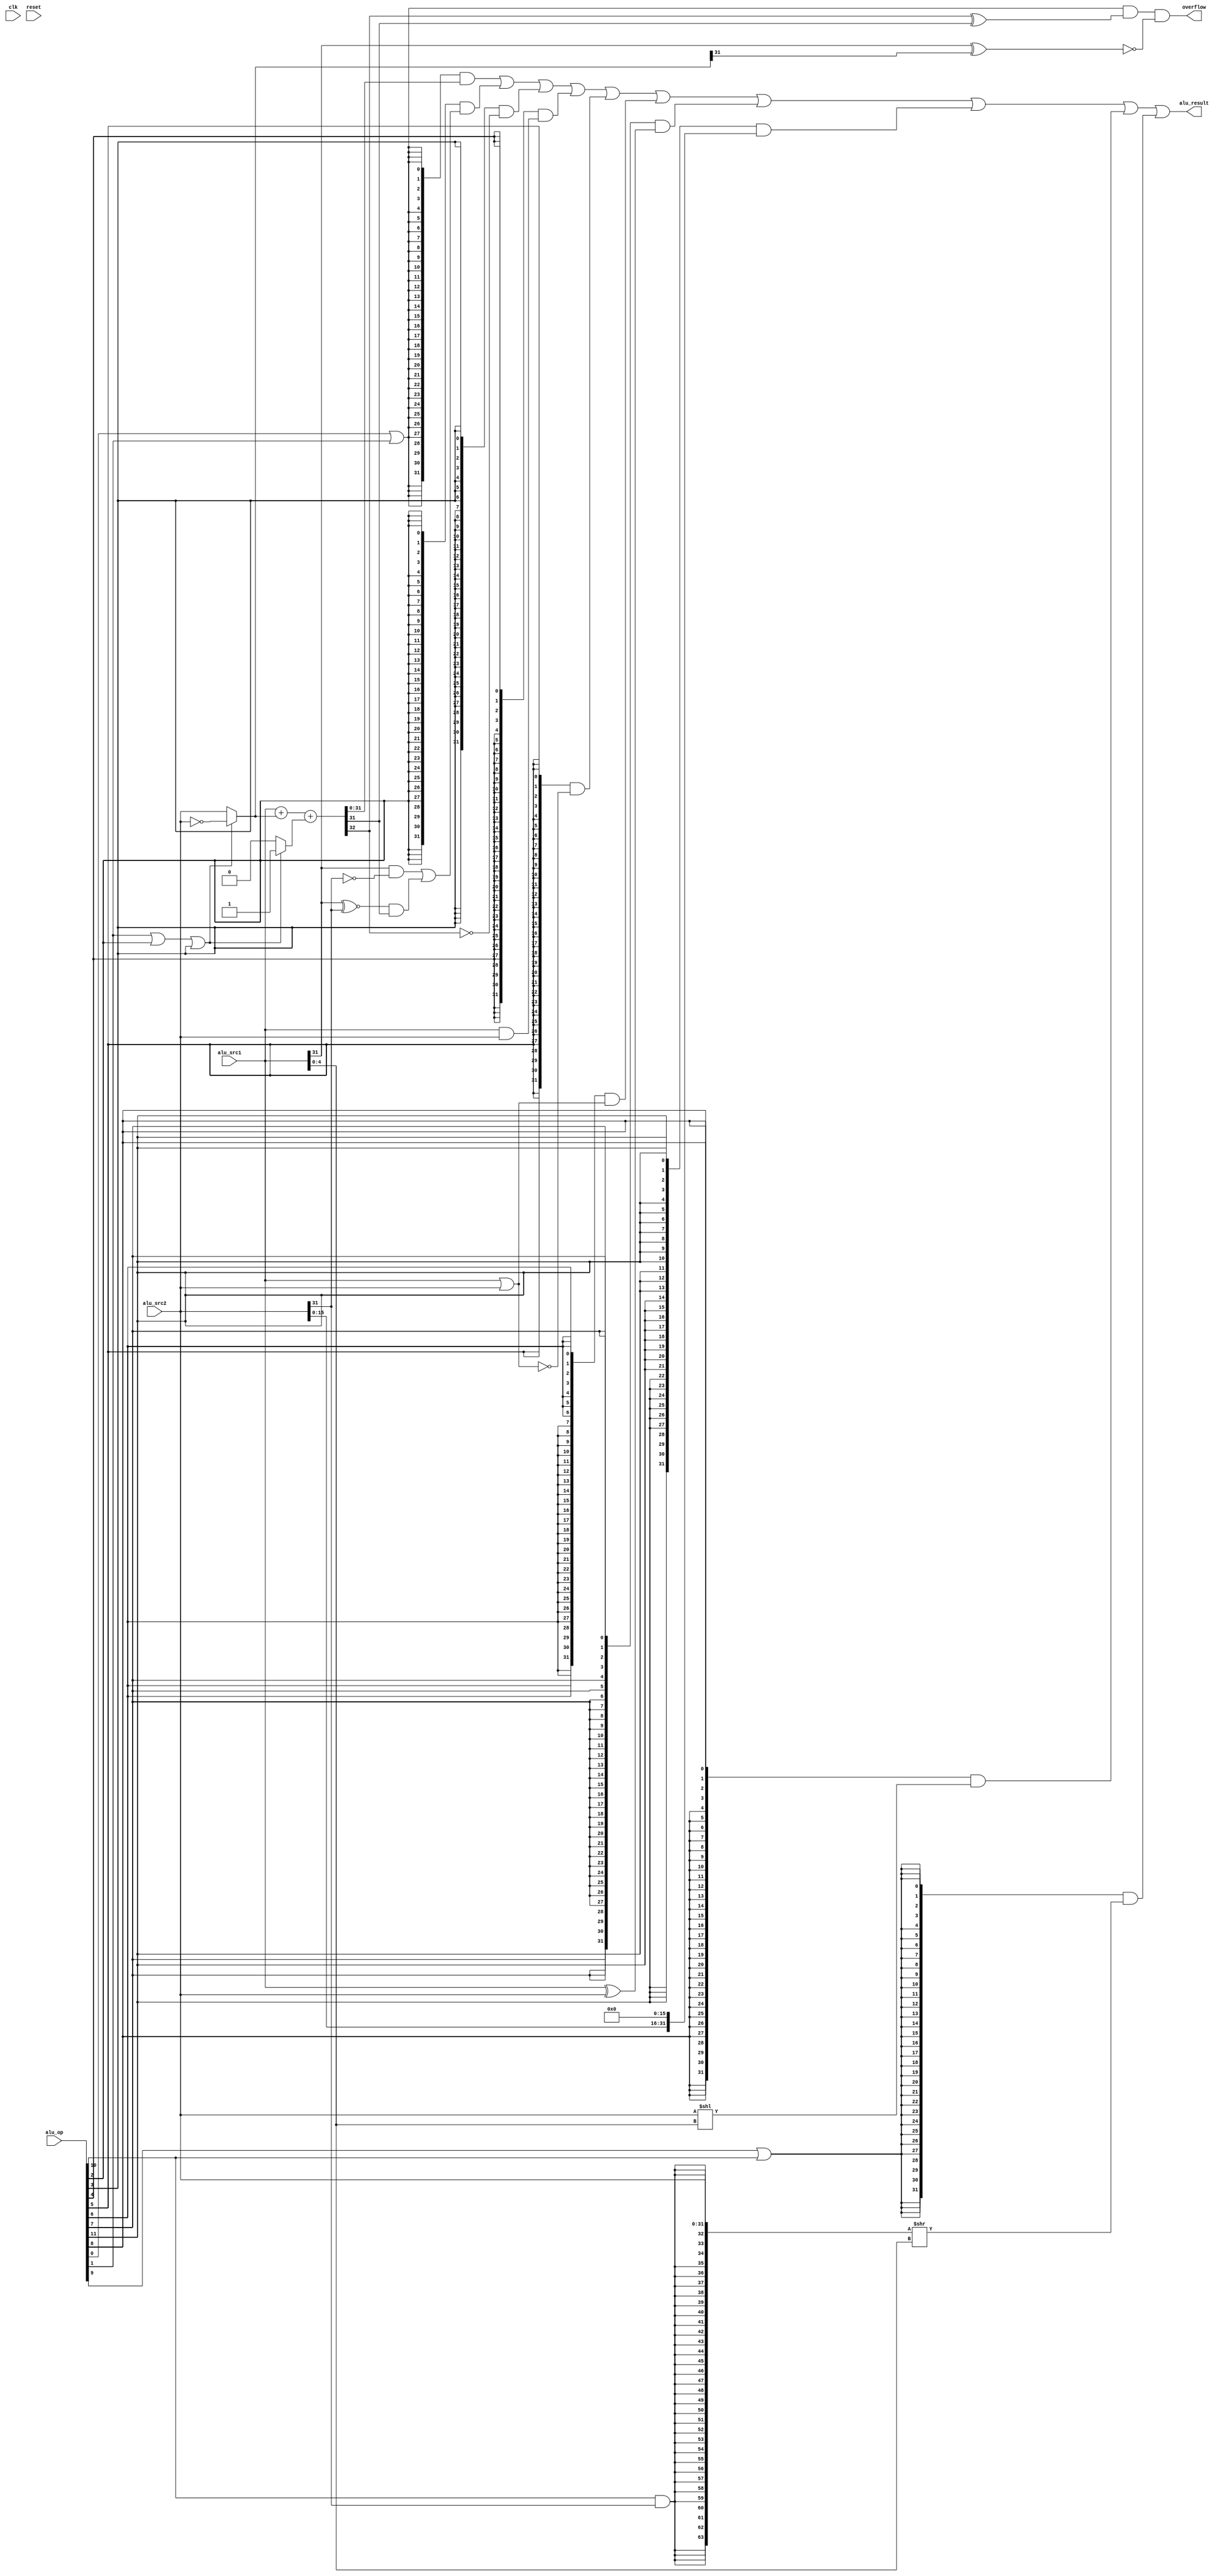
module alu(
  input         clk,
  input         reset,
  input  [15:0] alu_op,
  input  [31:0] alu_src1,
  input  [31:0] alu_src2,
  output [31:0] alu_result,
  //output [63:0] alu_div_res,
  //output [63:0] alu_mul_res,
  //output        complete,
  output        overflow
  //input         exception
);

wire op_add;   //
wire op_sub;   //
wire op_slt;   //
wire op_sltu;  //
wire op_and;   //
wire op_nor;   //
wire op_or;    //
wire op_xor;   //
wire op_sll;   //
wire op_srl;   //
wire op_sra;   //
wire op_lui;   //
wire op_mult;
wire op_multu;
wire op_div;
wire op_divu;

// control code decomposition
assign op_add  = alu_op[ 0];
assign op_sub  = alu_op[ 1];
assign op_slt  = alu_op[ 2];
assign op_sltu = alu_op[ 3];
assign op_and  = alu_op[ 4];
assign op_nor  = alu_op[ 5];
assign op_or   = alu_op[ 6];
assign op_xor  = alu_op[ 7];
assign op_sll  = alu_op[ 8];
assign op_srl  = alu_op[ 9];
assign op_sra  = alu_op[10];
assign op_lui  = alu_op[11];
assign op_mult = alu_op[12];
assign op_multu= alu_op[13];
assign op_div  = alu_op[14];
assign op_divu = alu_op[15];

wire [31:0] add_sub_result; 
wire [31:0] slt_result; 
wire [31:0] sltu_result;
wire [31:0] and_result;
wire [31:0] nor_result;
wire [31:0] or_result;
wire [31:0] xor_result;
wire [31:0] lui_result;
wire [31:0] sll_result; 
wire [63:0] sr64_result; 
wire [31:0] sr_result; 
wire [63:0] mult_result;
wire [63:0] div_result;

wire div_complete;

// 32-bit adder
wire [31:0] adder_a;
wire [31:0] adder_b;
wire        adder_cin;
wire [31:0] adder_result;
wire        adder_cout;
wire        adder_cout_31;

assign adder_a   = alu_src1;
assign adder_b   = (op_sub | op_slt | op_sltu) ? ~alu_src2 : alu_src2;
assign adder_cin = (op_sub | op_slt | op_sltu) ? 1'b1      : 1'b0;
//assign {adder_cout_31, adder_result[30:0]} = adder_a[30:0] + adder_b[30:0] + adder_cin;
// assign {adder_cout, adder_result[31]} = adder_a[31] + adder_b[31] + adder_cout_31;
// assign overflow = adder_cout ^ adder_cout_31;

assign {adder_cout, adder_result} = adder_a + adder_b + adder_cin;
assign overflow = (op_add | op_sub) & (adder_cout ^ adder_result[31]) & ~(adder_a[31] ^ adder_b[31]);

// ADD, SUB result
assign add_sub_result = adder_result;

// SLT result
assign slt_result[31:1] = 31'b0;
assign slt_result[0]    = (alu_src1[31] & ~alu_src2[31])
                        | ((alu_src1[31] ~^ alu_src2[31]) & adder_result[31]);

// SLTU result
assign sltu_result[31:1] = 31'b0;
assign sltu_result[0]    = ~adder_cout;

// bitwise operation
assign and_result = alu_src1 & alu_src2;
assign or_result  = alu_src1 | alu_src2;
assign nor_result = ~or_result;
assign xor_result = alu_src1 ^ alu_src2;
assign lui_result = {alu_src2[15:0], 16'b0};

// SLL result 
assign sll_result = alu_src2 << alu_src1[4:0];

// SRL, SRA result
assign sr64_result = {{32{op_sra & alu_src2[31]}}, alu_src2[31:0]} >> alu_src1[4:0];

assign sr_result   = sr64_result[31:0];

// //MULT, MULTU
// mul u_mul(
//     .mul_clk    (clk              ),
//     .resetn     (~reset           ),
//     .mul_signed (op_mult          ),
//     .x          (alu_src1         ),
//     .y          (alu_src2         ),
//     .result     (mult_result      )
//     );

// // DIV, DIVU result
// reg div;

// always @(posedge clk) begin
//   if (reset) begin
//     div <= 0;
//   end else if (complete) begin
//     div <= 0;
//   end else if (op_divu | op_div) begin
//     div <= 1;
//   end
// end

// div u_div(
//     .div_clk    (clk              ),
//     .resetn     (~reset           ),
//     .div        (div              ),
//     .div_signed (op_div           ),
//     .x          (alu_src1         ),
//     .y          (alu_src2         ),
//     .s          (div_result[63:32]),
//     .r          (div_result[31:0] ),
//     .complete   (div_complete     ),
//     .exception  (exception        )
//     );

// final result mux
assign alu_result = ({32{op_add|op_sub }}   & add_sub_result)
                  | ({32{op_slt        }}   & slt_result)
                  | ({32{op_sltu       }}   & sltu_result)
                  | ({32{op_and        }}   & and_result)
                  | ({32{op_nor        }}   & nor_result)
                  | ({32{op_or         }}   & or_result)
                  | ({32{op_xor        }}   & xor_result)
                  | ({32{op_lui        }}   & lui_result)
                  | ({32{op_sll        }}   & sll_result)
                  | ({32{op_srl|op_sra }}   & sr_result);


// assign alu_div_res = div_result;

// assign alu_mul_res = mult_result;

assign complete = ~(op_div | op_divu); //| div_complete;

endmodule